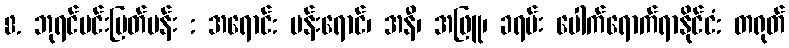
8. ဘုရင်မင်းမြတ်ပန်း : အရောင်: ပန်းရောင်၊ အနီ၊ အဖြူ၊ ခရမ်း ပေါက်ရောက်ရာနိုင်ငံ: တရုတ်